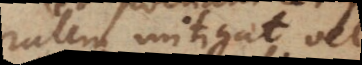
temporalem mitigat vel